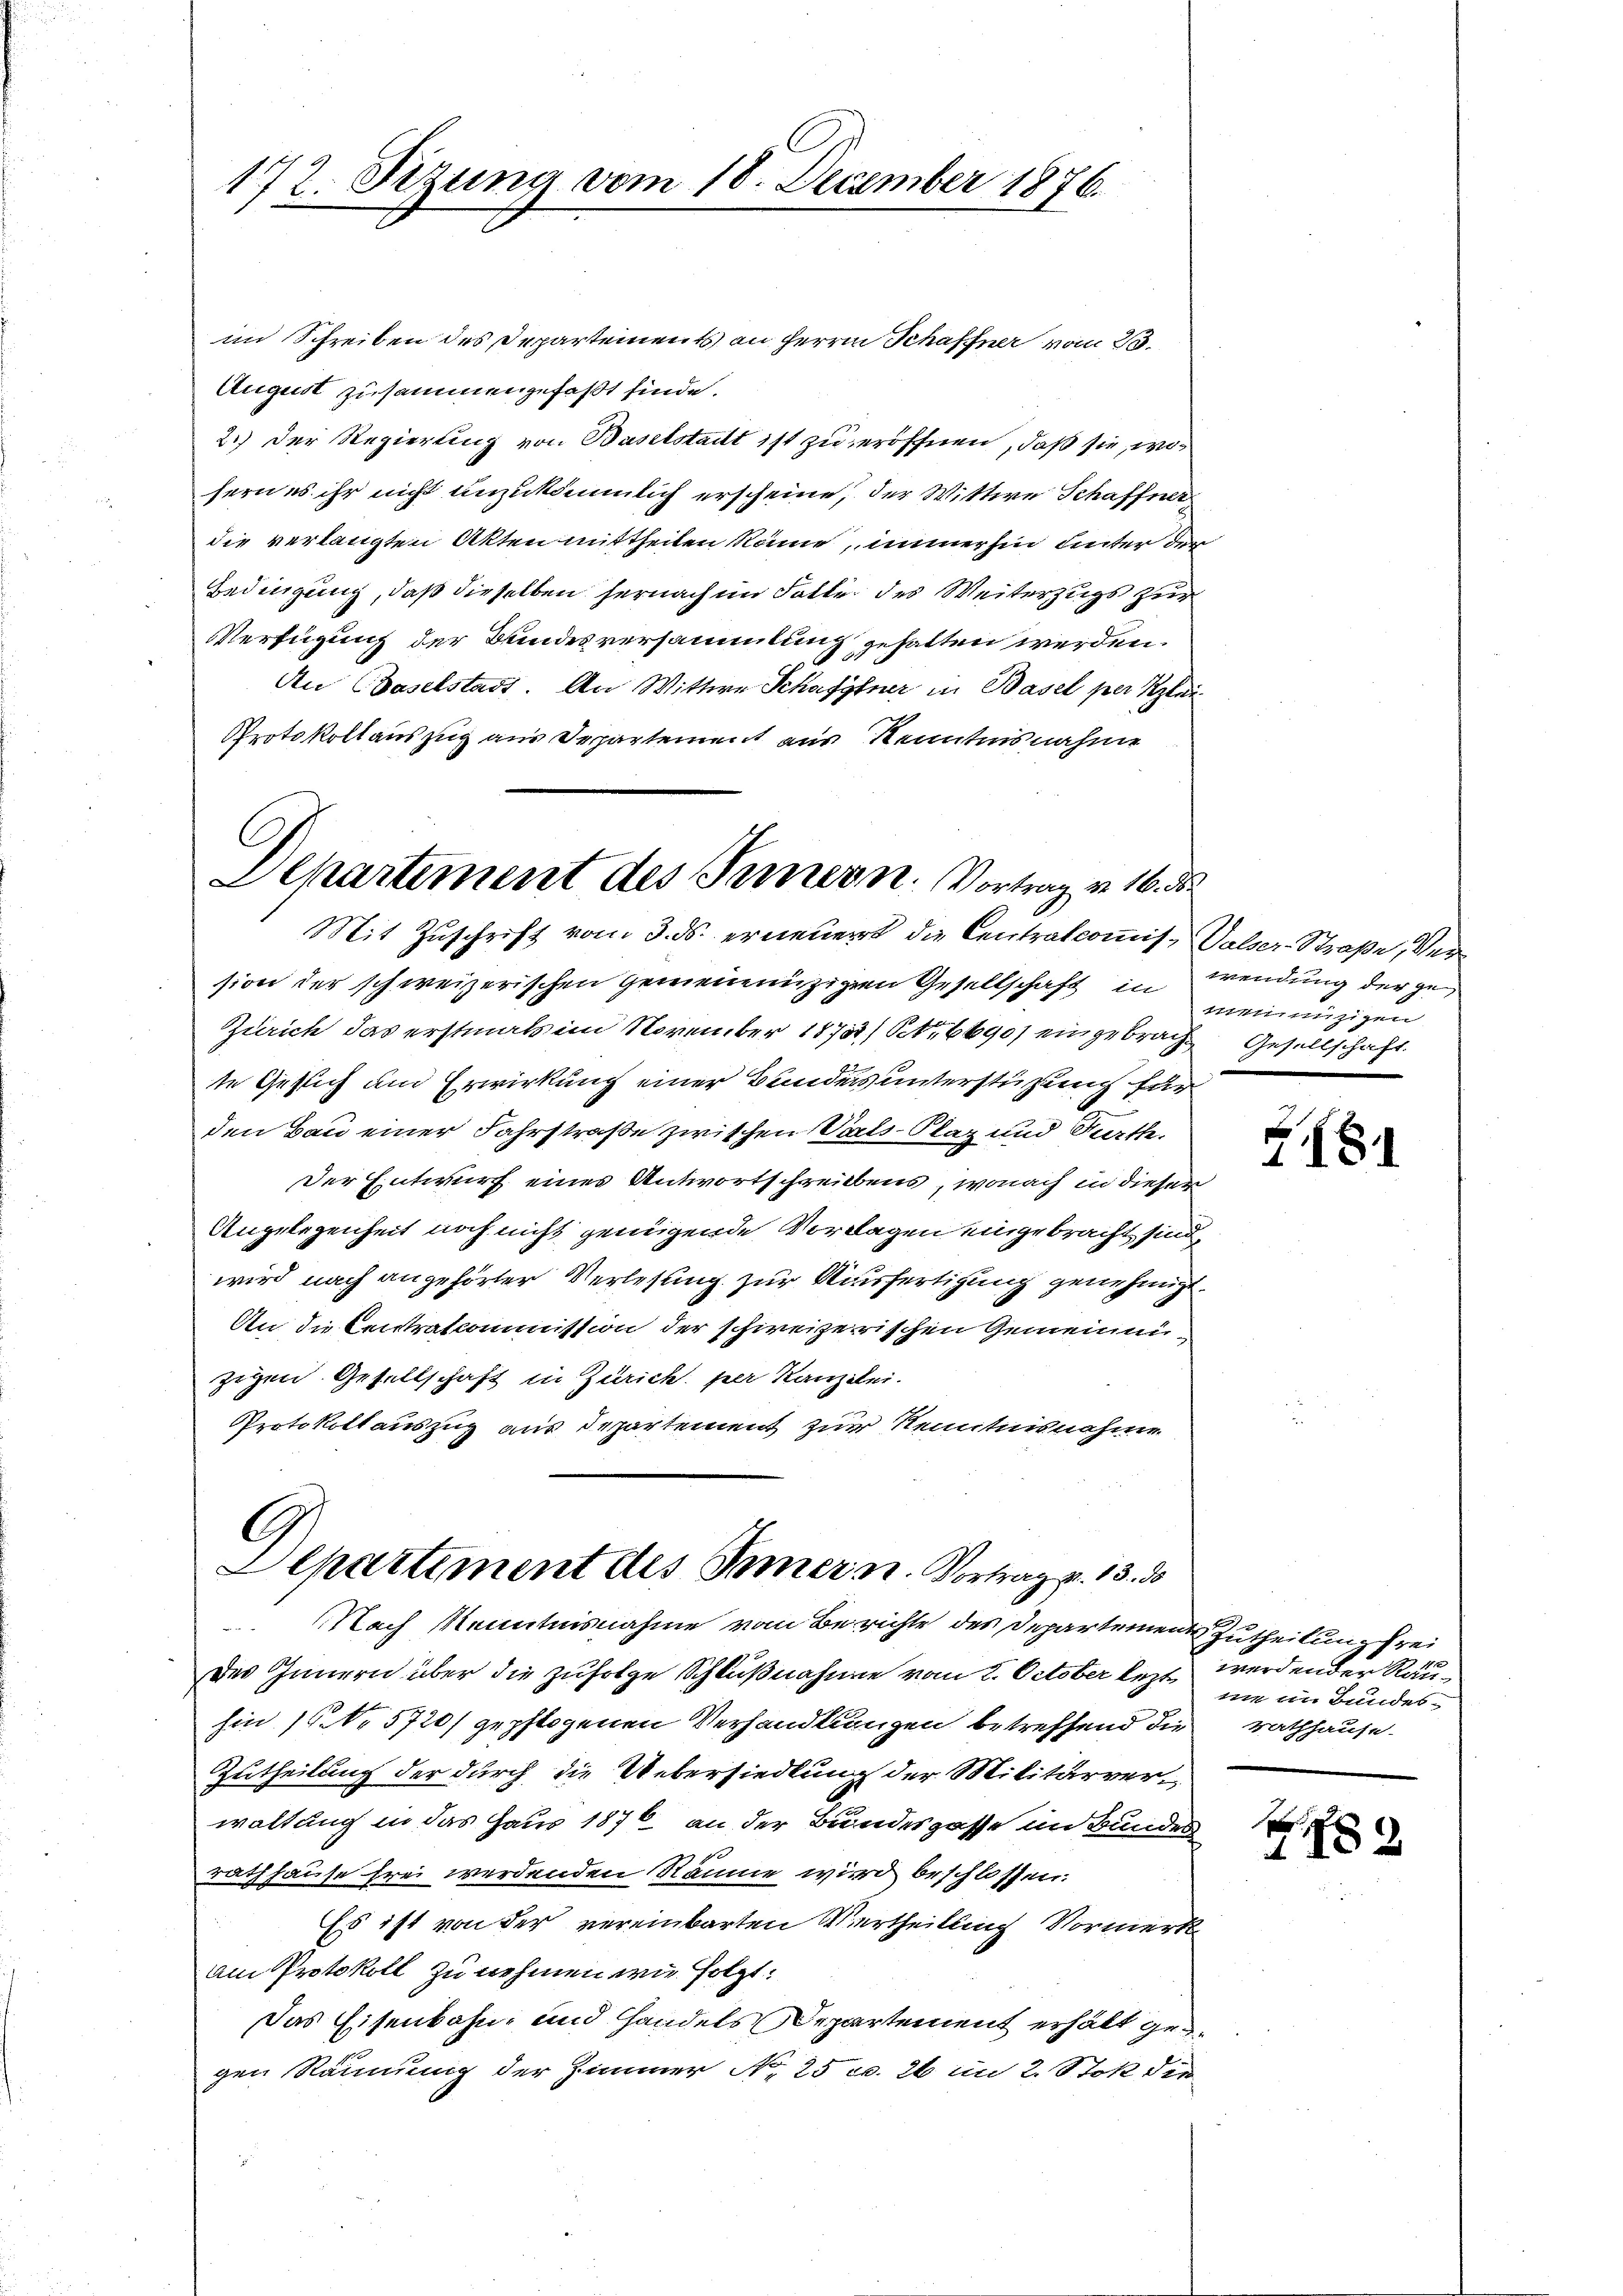
172. Sizung vom 18. December 1876.

im Schreiben des Departements an Herrn Schaffner vom 23.
August zusammengefaßt finde.
2.) Der Regierung von Baselstadt ist zu eröffnen, daß sie, wo
sern es ihr nicht anzukömmlich erscheine, der Wittwe Schaffner
die verlangten Akten mittheilen könne, immerhin unter der
Bedingung, daß dieselben hernach im Falle des Weiterzugs zur
Verfügung der Bundesversammlung gehalten werden.
An Baselstadt. An Wittwe Schafftner in Basel per Klei¬
Protokoll auszug aus Departement aus Kenntnisnahme

Dehartement des Innern. Vortrag v. 16. d.
Mit Zuschrift vom 3. ds. erneuert die Centralcomis, Valser-Straße, Ver¬

G
Departement des Innern. Vortrag z. 13. ds
NNach Kenntnisnahme vom Berichte des Departement Zutheilung frei

sion der schweizerischen Gemeinnüzigen Gesellschaft in
Zürich das erstmals im November 18755/ Ptr 6690/ eingebrache Gesellschaft
te Gesich um Erwirkung einer Bundeis unterstützung für
den Bau einer Fahrstraße zwischen Staats-Klaz und Kath.
Der Entwurf eines Antwortschreibens, wonach in dieser
Angelegenheit noch nicht genügende Vorlagen eingebracht sind,
wird nach angehörter Verlesung zur Ausfertigung genehmigt.
An die Leistratcommission der schweizerischen Gemeinnizigen Gesellschaft in Zürich. per Kanzlei.
Protokollauszug aus Departement zur Kenntnisnahme

des Innern über die zufolge Schlußnahme vom 2. October lezt
hin 10 No 5720/ gepflogenen Verhandlungen betreffend die Rathhause
Zutheilung der durch die Uebersiedlung der Militärverwaltung in das Haus 1876 an der Bundesgasse im Bundes
rathhause frei werdenden Räume wird beschlossen.
Es ist von der vereinbarten Vertheillung Vormerk
am Protokoll zu nehmen wie folgt:
Das Eisenbahn- und Handels Departement erhält gegen Räumung der Zimmer No 25 c. 26 in 2. Stok die

wendung der ge
menunzigen

h
281

werdender Raune in Bundes¬

p
1182